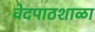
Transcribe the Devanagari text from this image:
वेदपाठशाळा